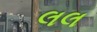
લલ